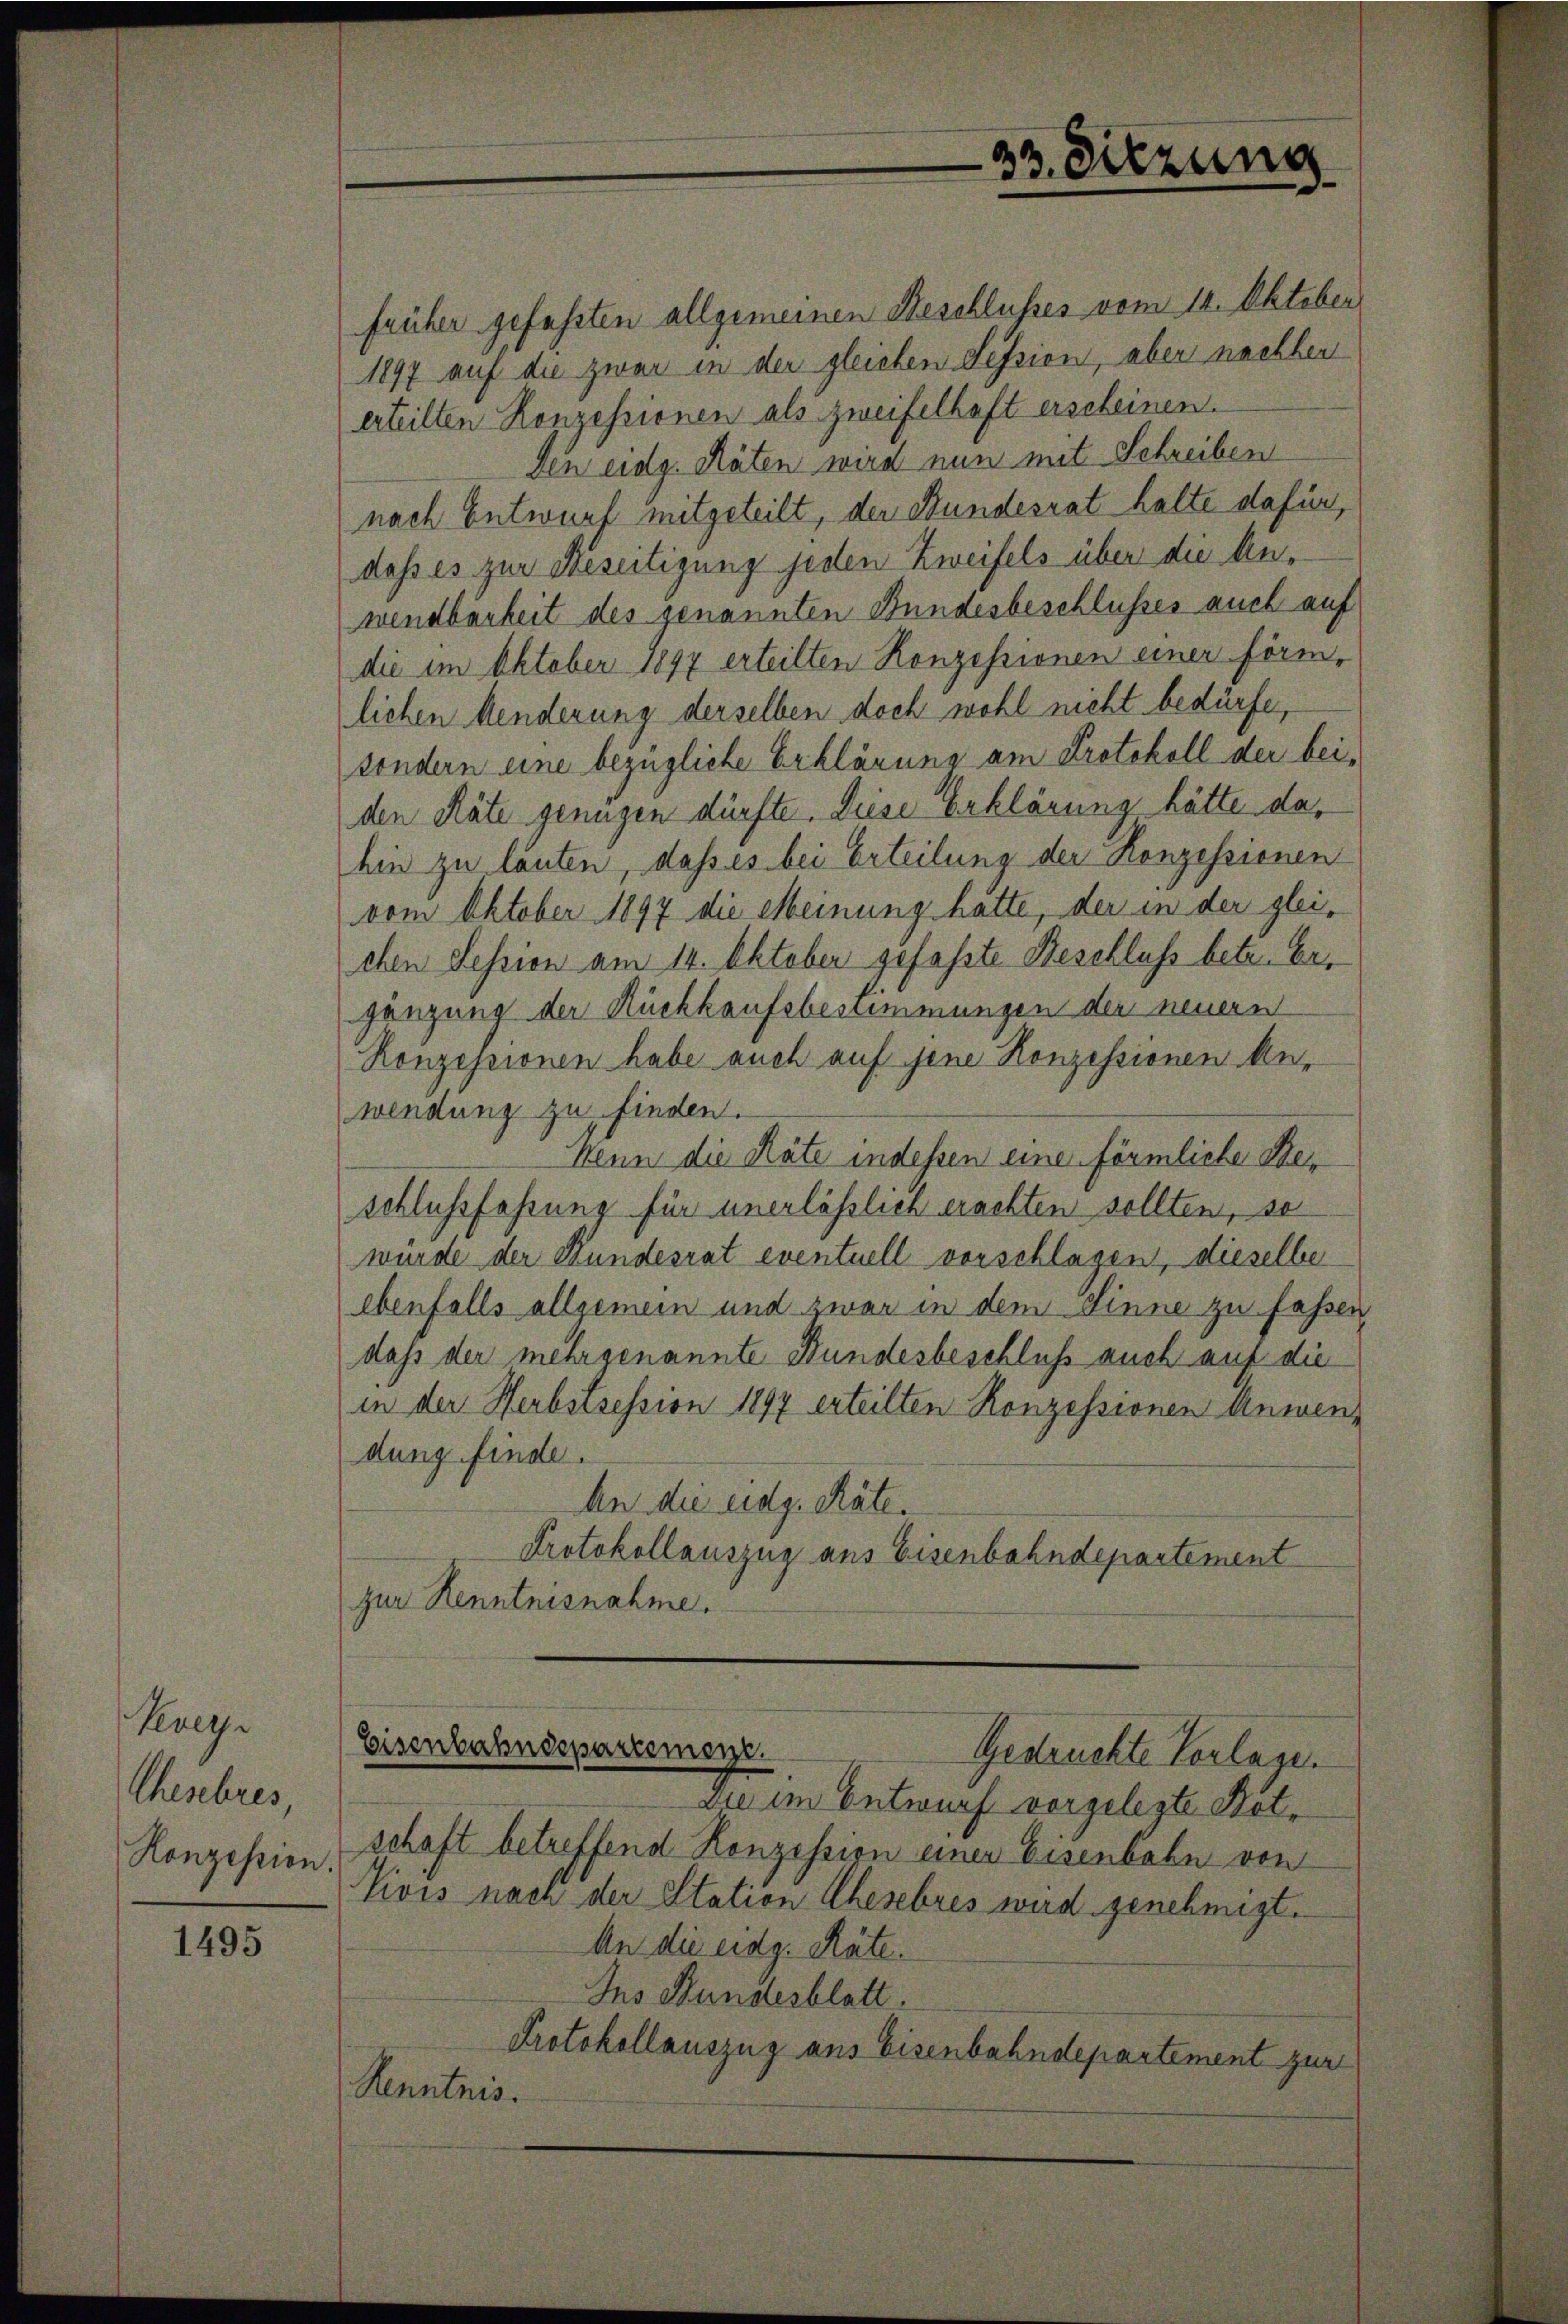
Vevey
Ruschres,
Honzession

1495

früher gefassten allgemeinen Beschlusses vom 14. Oktober
1897 auf die zwar in der gleichen Session, aber nachher
erteilten Konzessionen als zweifelhaft erscheinen.
den eidg. Räten wird nun mit Schreiben
nach Entwurf mitgeteilt, der Bundesrat halte dafür,
dass es zur Beseitigung jeden Zweifels über die Anwendbarkeit des genannten Bundesbeschlusses auch auf
die im Oktober 1897 erteilten Konzessionen einer förmlichen Menderung derselben doch wohl nicht bedürfe,
sondern eine bezügliche Erklärung am Protokoll der beiden Räte genügen dürfte. Diese Erklärung hätte dahin zu lauten, dass es bei Erteilung der Konzessionen
vom Oktober 1897 die Meinung hatte, der in der gleichen Session am 14. Oktober gefaßte Beschluss betr. Ergänzung der Rückkaufsbestimmungen der neuern
Konzessionen habe auch auf jene Konzessionen Anwendung zu finden.
Menn die Räte indessen eine förmliche Ster
schlussfahrung für unerlässlich erachten sollten, so
wurde der Bundesrat eventuell vorschlagen, dieselbe
ebenfalls allgemein und zwar in dem Sinne zu faßen
daß der mehrgenannte Bundesbeschluß auch auf die
in der Herbstression 1897 erteilten Konzessionen Anwendung finde.
An die eidg. Räte.
Protokollauszug aus Eisenbahndepartement
zur Kenntnisnahme.

33. Sitzung

Eisenbahndepartement.
Gestruchte Verlass.

Die im Entwurf vorgelegte Botschaft betreffend Konzession einer Eisenbahn von
Vivis nach der Station Ehesebres wird genehmigt.
An die eidg. Räte.
Ins Bundesblatt.
Protokollauszug aus Eisenbahndepartement zur
Kenntnis.